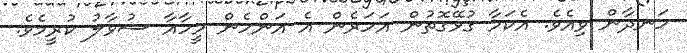
ހަނދާން ވިއެވެ. އެކަމާ ގުޅޭގޮތުން އަހަރެން އެ އަންހެން މީހާއާ ސުވާލު ކުރީމެވެ.